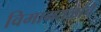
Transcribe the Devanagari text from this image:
विमानतळांचे